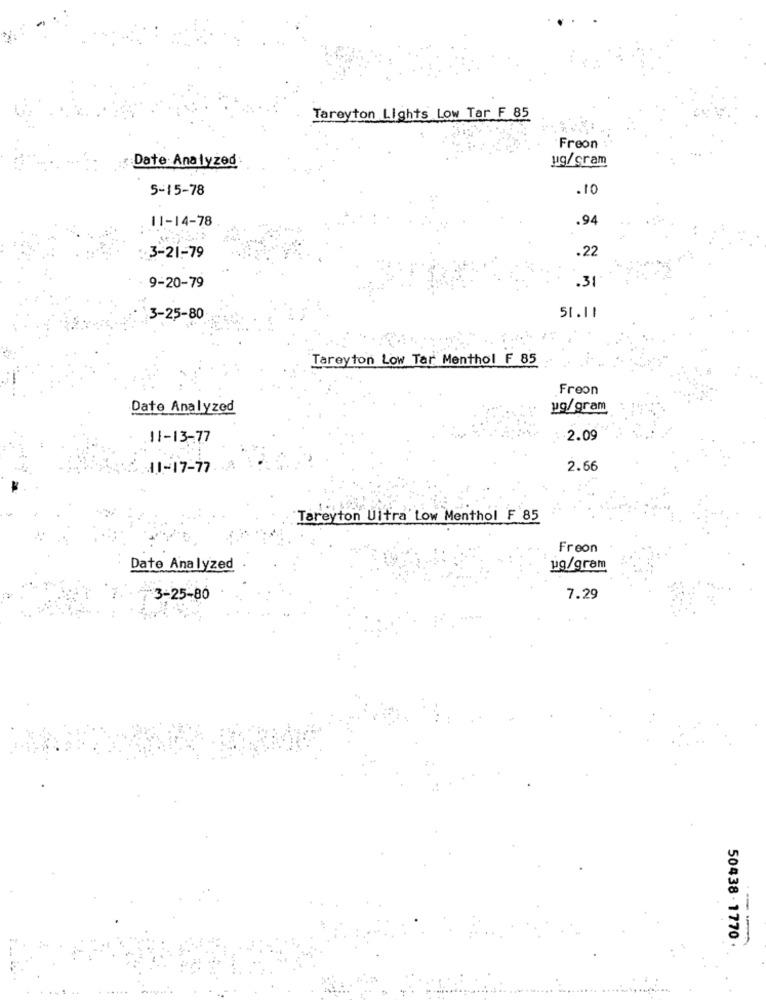
Tareyton Lights Low Tar F 85
Freon
: Date Analyzed
ug/gram
5-15-78
.10
11-14-78
.94
.22
3-21-79
9-20-79
.31
3-25-80
51.11
Tareyton Low Tar Menthol F 85
Freon
Date Analyzed
ug/gram
11-13-77
2.09
11-17-77
2.66
Tareyton Ultra Low Menthol F 85
Freon
Date Analyzed
ug/gram
3-25-80
7.29
50438 - 1770 .